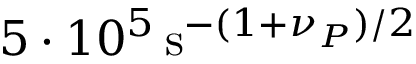
5 \cdot 1 0 ^ { 5 } \, \mathrm { s } ^ { - ( 1 + \nu _ { P } ) / 2 }